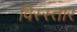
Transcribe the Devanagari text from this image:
विस्स्तार